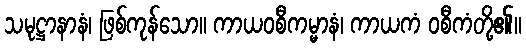
သမုဋ္ဌာနာနံ၊ ဖြစ်ကုန်သော။ ကာယဝစီကမ္မာနံ၊ ကာယကံ ဝစီကံတို့၏။